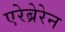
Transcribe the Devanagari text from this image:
एरेब्रेरेन